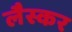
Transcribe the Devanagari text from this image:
लैस्कर